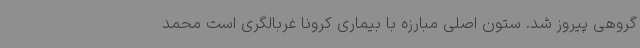
گروهی پیروز شد. ستون اصلی مبارزه با بیماری کرونا غربالگری است محمد